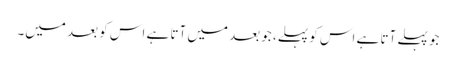
جو پہلے آتا ہے اس کو پہلے، جو بعد میں آتا ہے اس کو بعد میں۔